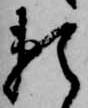
頼